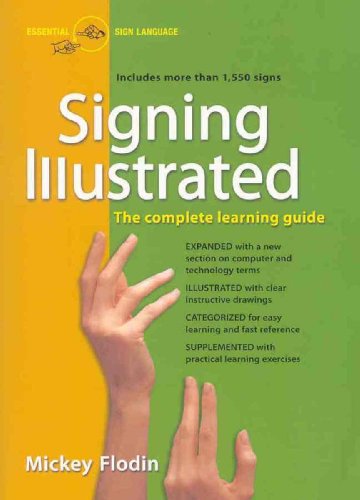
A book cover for Signing Illustrated (Revised Edition): The Complete Learning Guide; Mickey Flodin; Reference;